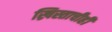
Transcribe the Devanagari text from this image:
ख्रिस्ताचीही